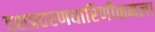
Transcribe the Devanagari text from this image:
दशप्रहरणधारिणीकमला